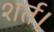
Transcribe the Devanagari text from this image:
शर्त।